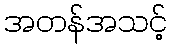
အတန်အသင့်